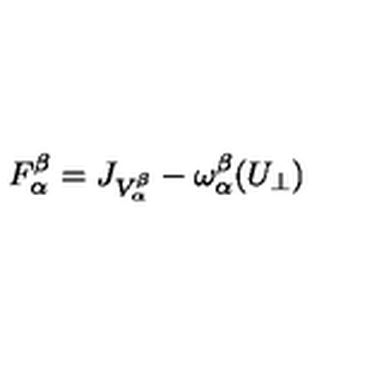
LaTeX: F _ { \alpha } ^ { \beta } = J _ { V _ { \alpha } ^ { \beta } } - \omega _ { \alpha } ^ { \beta } ( U _ { \perp } )